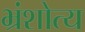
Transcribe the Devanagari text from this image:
भ्रंशोत्य